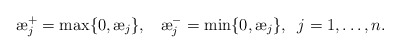
\begin{align*}{\ae}_j^{+} = \max \{0, {\ae}_j\},\;\;\; {\ae}_j^{-} = \min \{0, {\ae}_j\},\;\; j=1,\ldots, n.\end{align*}